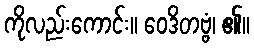
ကိုလည်းကောင်း။ ဝေဒိတဗ္ဗံ၊ ၏။